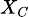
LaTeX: \scriptstyle{X_{C}}